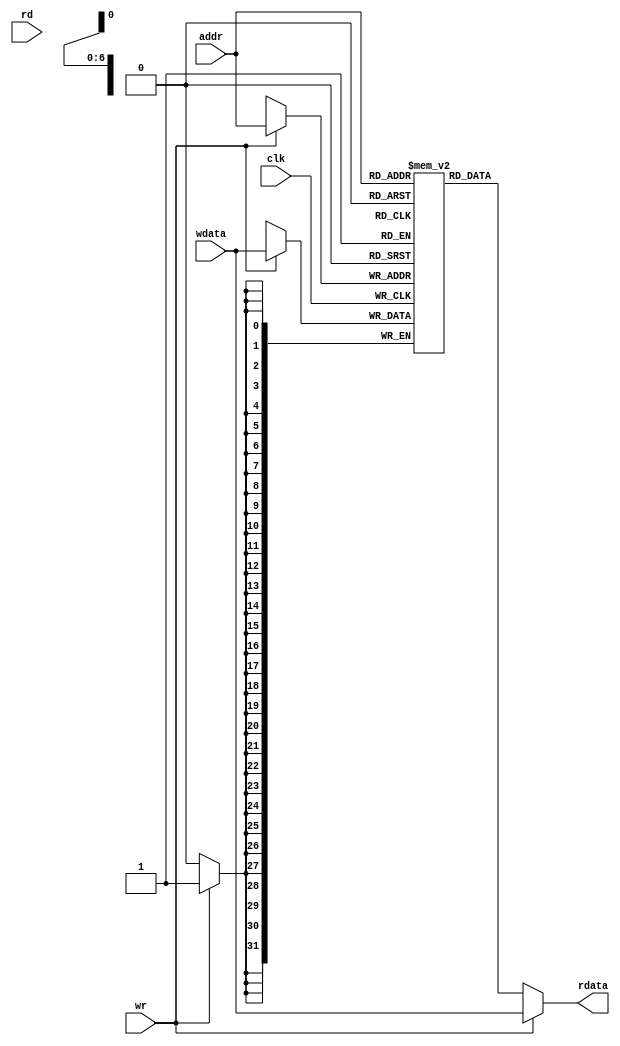
/*
 * Data Memory.
 *
 * 32-bit data with a 7 bit address (128 entries).
 *
 * The read and write operations operate somewhat independently.
 *
 * Any time the read signal (rd) is high the data stored at the
 * given address (addr) will be placed on 'rdata'.
 *
 * Any time the write signal (wr) is high the data on 'wdata' will
 * be stored at the given address (addr).
 * 
 * If a simultaneous read/write is performed the data written
 * can be immediately read out.
 */

`ifndef _dm
`define _dm

module dm(
		input wire			clk,
		input wire	[6:0]	addr,
		input wire			rd, wr,
		input wire 	[31:0]	wdata,
		output wire	[31:0]	rdata);

	reg [31:0] mem [0:127];  // 32-bit memory with 128 entries

	always @(posedge clk) begin
		if (wr) begin
			mem[addr] <= wdata;
		end
	end

	assign rdata = wr ? wdata : mem[addr][31:0];
	// During a write, avoid the one cycle delay by reading from 'wdata'

endmodule

`endif